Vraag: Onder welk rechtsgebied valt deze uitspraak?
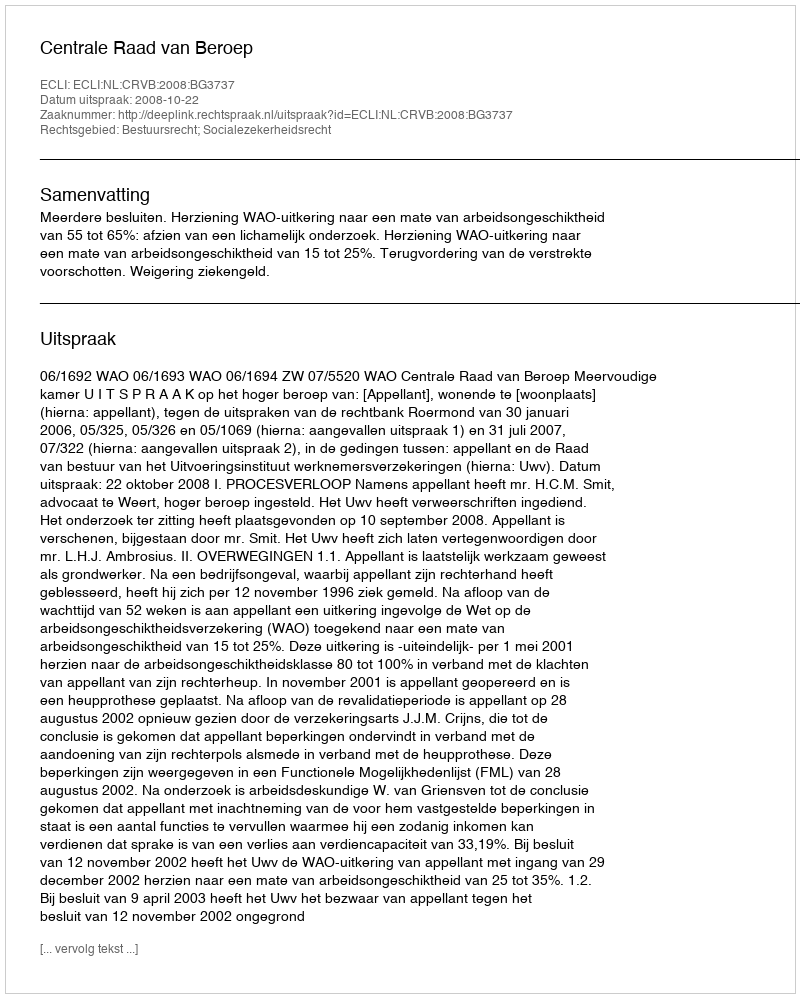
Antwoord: Bestuursrecht; Socialezekerheidsrecht